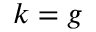
k = g